Report on lock hospitals in British Burma
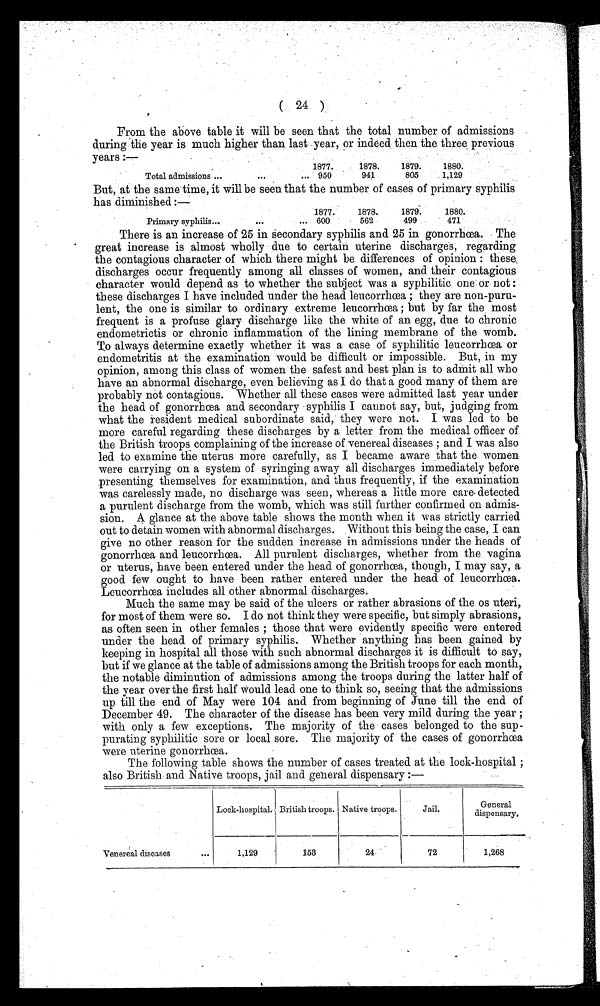
( 24 )
From the above table it will be seen that the total number of admissions
during the year is much higher than last year, or indeed then the three previous
years :—
1877.
1878.
1879.
1880.
Total admissions ...
...
... 950
941
805
1,129
But, at the same time, it will be seen that the number of cases of primary syphilis
has diminished :—
1877.
1878.
1879.
1880.
Primary syphilis...
... 600
562
499
471
There is an increase of 25 in secondary syphilis and 25 in gonorrhœa. The
great increase is almost wholly due to certain uterine discharges, regarding
the contagious character of which there might be differences of opinion : these,
discharges occur frequently among all classes of women, and their contagious
character would depend as to whether the subject was a syphilitic one or not:
these discharges I have included under the head leucorrhœa ; they are non-puru-
lent, the one is similar to ordinary extreme leucorrhœa ; but by far the , most
frequent is a profuse glary discharge like the white of an egg, due to chronic
endometrictis or chronic inflammation of the lining membrane of the womb.
To always determine exactly whether it was a case of syphilitic leucorrhœa or
endometritis at the examination would be difficult or impossible. But, in my
opinion, among this class of women the safest and best plan is to admit all who
have an abnormal discharge, even believing as I do that a good many of them are
probably not contagious. Whether all these cases were admitted last year under
the head of gonorrhœa and secondary - syphilis I cannot say, but, judging from
what the resident medical subordinate said, they were not. I was led to be
more careful regarding these discharges by a letter from the medical officer of
the British troops complaining of the increase of venereal diseases ; and I was also
led to examine the uterus more carefully, as I became aware that the women
were carrying on a system of syringing away all discharges immediately before
presenting themselves for examination, and thus frequently, if the examination
was carelessly made, no discharge was seen, whereas a little more care. detected
a purulent discharge from the womb, which was still further confirmed on admis-
sion. A glance at the above table shows the month when it was strictly carried
out to detain women with abnormal discharges. Without this being the case, I can
give no other reason for the sudden increase in admissions under the heads of
gonorrhœa and leucorrhœa. All purulent discharges, whether from the vagina
or uterus, have been entered under the head of gonorrhœa, though, I may say, a
good few ought to have been rather entered under the head of leucorrhœa.
Leucorrhœa includes all other abnormal discharges.
Much the same may be said of the ulcers or rather abrasions of the os uteri,
for most of them were so. I do not think they were specific, but simply abrasions,
as often seen in other females ; those that were evidently specific were entered
under the head of primary syphilis. Whether anything has been gained by
keeping in hospital all those with such abnormal discharges it is difficult to say,
but if we glance at the table of admissions among the British troops for each month,
the notable diminution of admissions among the troops during the latter half of
the year over the first half Would lead one to think so, seeing that the admissions
up till the end of May were 104 and from beginning of June till the end of
December 49. The character of the disease has been very mild during the year ;
with only a few exceptions. The majority of the cases belonged to the sup-
purating syphilitic sore or local sore. The majority of the cases of gonorrhœa
were uterine gonorrhœa.
The following table shows the number of cases treated at the lock-hospital ;
also British and Native troops, jail and geheral dispensary :—
Lock-hospital: British troops. Native troops.
Jail.
General
dispensary,
Venereal diseases
. . .
1,129
153
24-
72
1,268